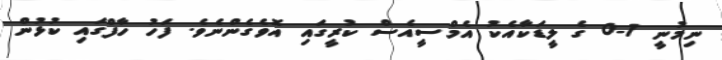
ނިމުނީ 1-0 ގެ ލީޑަކާއެކު އެމްސީއެސް ކުރީގައި އޮވެގެންނެވެ. ފަހު ހާފްގައި ކުޅުން